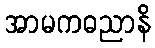
အာမကဓညာနိ